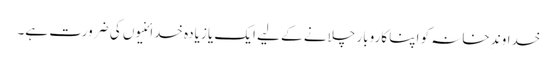
خداوندِ خانہ کو اپنا کاروبار چلانے کے لیے ایک یا زیادہ خدائنیوں کی ضرورت ہے۔